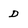
Character: D